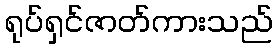
ရုပ်ရှင်ဇာတ်ကားသည်